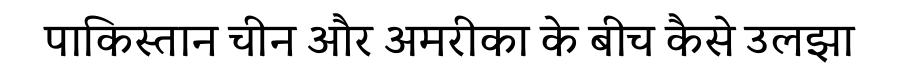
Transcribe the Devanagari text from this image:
पाकिस्तान चीन और अमरीका के बीच कैसे उलझा